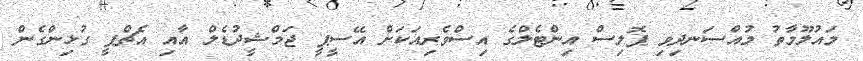
މައުލޫމާތު މުއްސަނދިވި ޕޮލިސް އިންޓެލްގެ އިސްވެރިއަކަށް އޭސީޕީ ޖަމްޝީދުޑެލް އާއި އެޗްޕީ ގުޅިންގެން